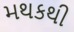
મથકથી